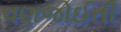
વણજોઈતી